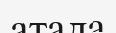
атада